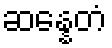
ဆန္နေတံ